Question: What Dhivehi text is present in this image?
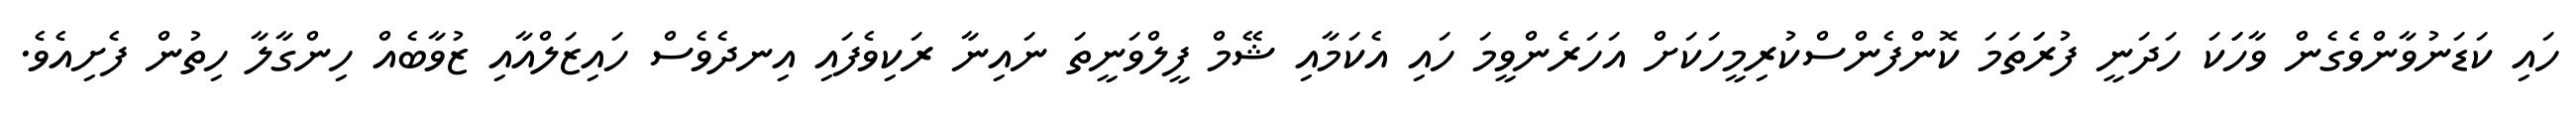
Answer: ހައި ކަޑަނުވާންވެގެން ވާހަަކަ ހަދަނީ ފުރަަތަމަ ކޮންފެންސްކުރިމީހަކަށް އަހަރެންވީމަ ހައި އެކަމާއި ޝޭމް ފީލްވަނީތަ ނައިނާ ރަކިވެފައި އިނދެވެސް ހައިޒަލްއާއި ޒުވާބެއް ހިންގާލާ ހިތުން ފެށިއެވެ.